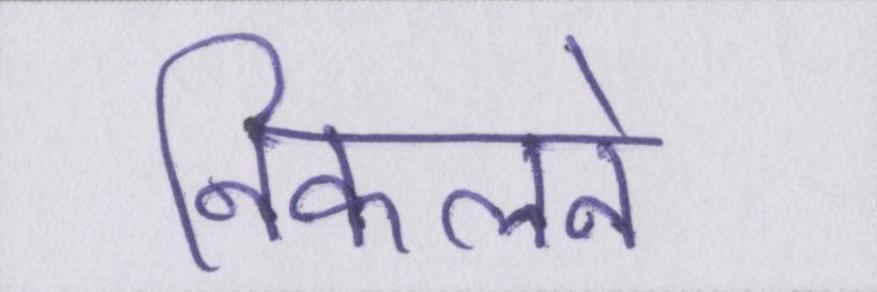
निकलने